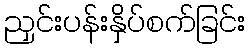
ညှင်းပန်းနှိပ်စက်ခြင်း